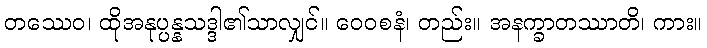
တဿေဝ၊ ထိုအနုပ္ပန္နသဒ္ဒါ၏သာလျှင်။ ဝေဝစနံ၊ တည်း။ အနက္ခာတဿာတိ၊ ကား။